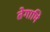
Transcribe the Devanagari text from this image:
तेगामि